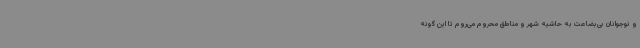
و نوجوانان بی‌بضاعت به حاشیه شهر و مناطق محروم می‌روم تا این گونه